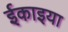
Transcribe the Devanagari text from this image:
ईकाइया